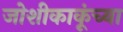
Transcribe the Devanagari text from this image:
जोशीकाकूंच्या